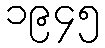
၁၉၄၅